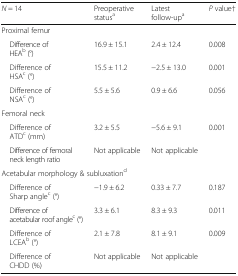
<table><thead><tr><td><b><i>N</i> = 14</b></td><td><b>Preoperative status<sup>a</sup></b></td><td><b>Latest follow-up<sup>a</sup></b></td><td><b><i>P</i> value†</b></td></tr></thead><tbody><tr><td colspan="4">Proximal femur</td></tr><tr><td> Difference of HEA<sup>b</sup> (°)</td><td>16.9 ± 15.1</td><td>2.4 ± 12.4</td><td>0.008</td></tr><tr><td> Difference of HSA<sup>c</sup> (°)</td><td>15.5 ± 11.2</td><td>−2.5 ± 13.0</td><td>0.001</td></tr><tr><td> Difference of NSA<sup>c</sup> (°)</td><td>5.5 ± 5.6</td><td>0.9 ± 6.6</td><td>0.056</td></tr><tr><td colspan="4">Femoral neck</td></tr><tr><td> Difference of ATD<sup>c</sup> (mm)</td><td>3.2 ± 5.5</td><td>−5.6 ± 9.1</td><td>0.001</td></tr><tr><td> Difference of femoral neck length ratio</td><td>Not applicable</td><td>Not applicable</td><td></td></tr><tr><td colspan="4">Acetabular morphology &amp; subluxation<sup>d</sup></td></tr><tr><td> Difference of Sharp angle<sup>c</sup> (°)</td><td>−1.9 ± 6.2</td><td>0.33 ± 7.7</td><td>0.187</td></tr><tr><td> Difference of acetabular roof angle<sup>c</sup> (°)</td><td>3.3 ± 6.1</td><td>8.3 ± 9.3</td><td>0.011</td></tr><tr><td> Difference of LCEA<sup>b</sup> (°)</td><td>2.1 ± 7.8</td><td>8.1 ± 9.1</td><td>0.009</td></tr><tr><td> Difference of CHDD (%)</td><td>Not applicable</td><td>Not applicable</td><td></td></tr></tbody></table>